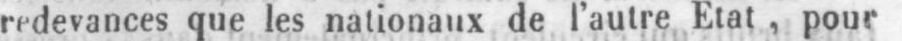
redevances que les nationaux de l’autre Etat, pour